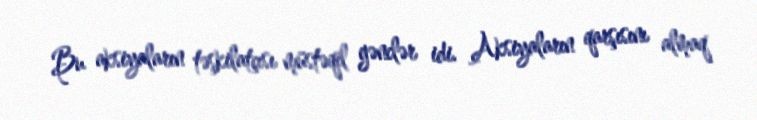
Bu aksiyaların təşkilatçısı müstəqil gənclər idi. Aksiyaların qarşısını almaq